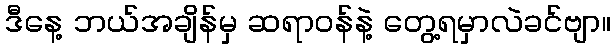
ဒီနေ့ ဘယ်အချိန်မှ ဆရာဝန်နဲ့ တွေ့ရမှာလဲခင်ဗျာ။